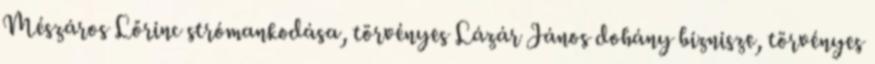
Mészáros Lőrinc strómankodása, törvényes Lázár János dohány biznisze, törvényes